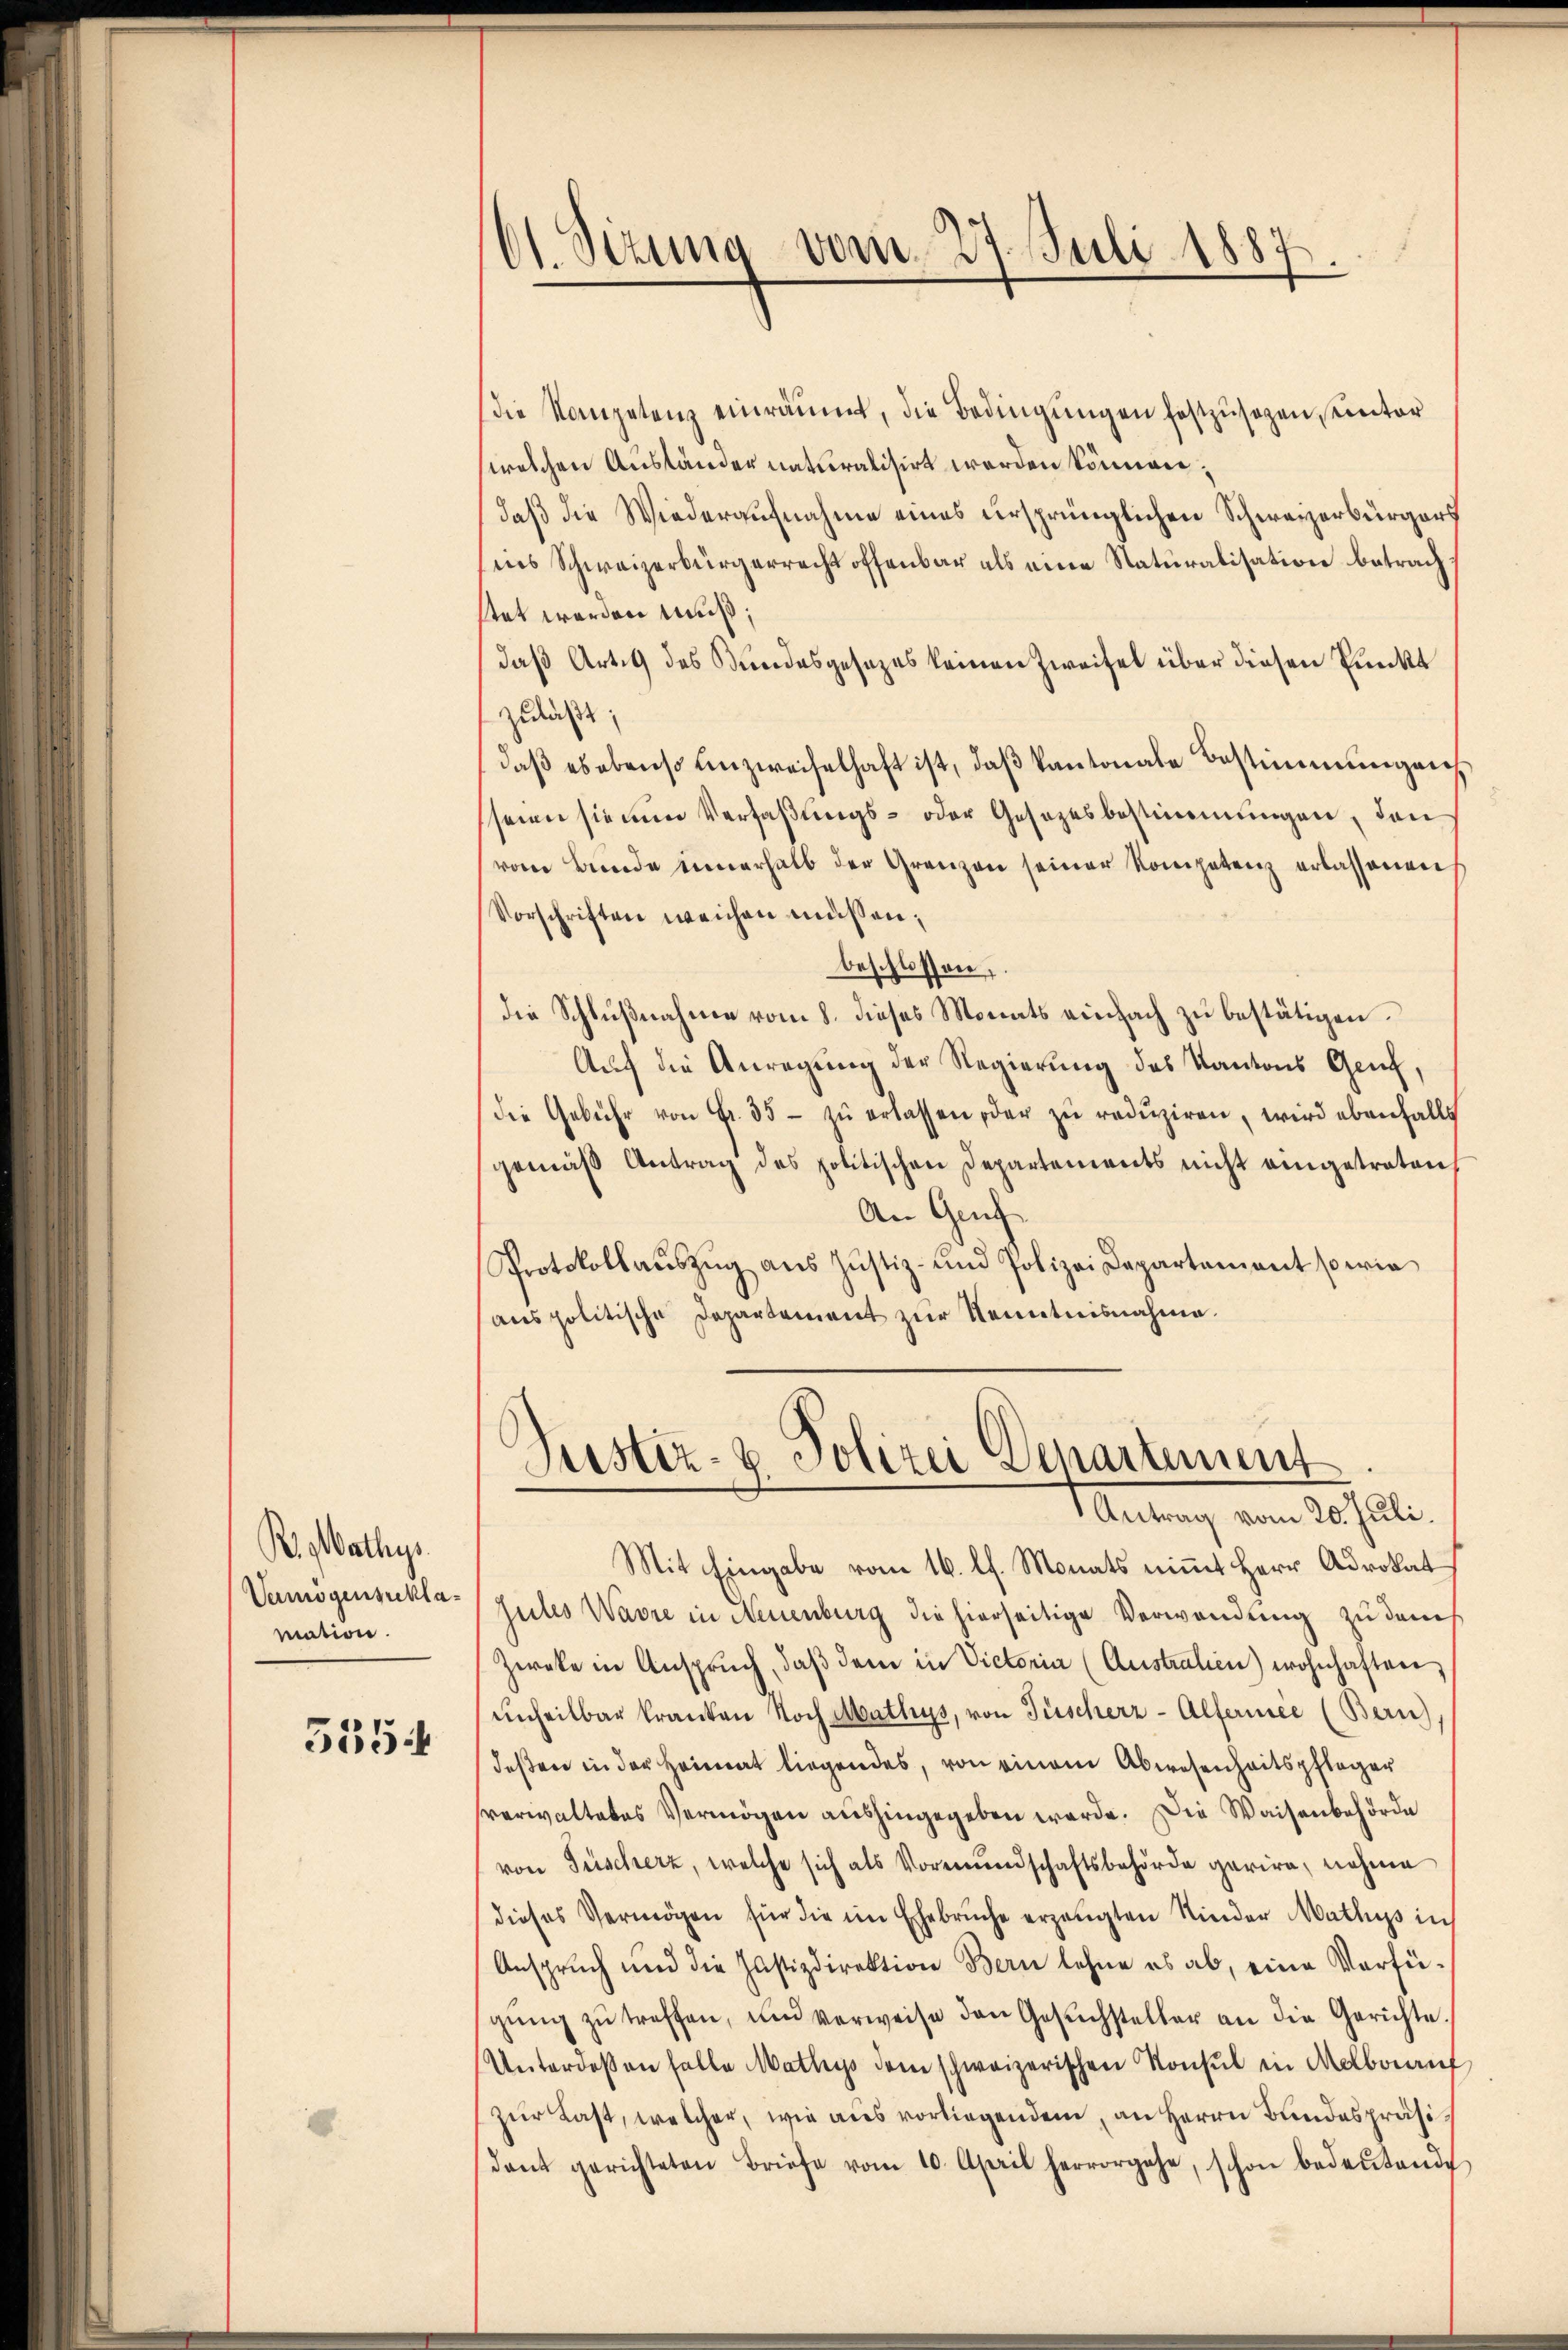
R.Gathys
Vermögenschlamation.

335

61. Sizung vom 27. Juli 1887.

die Kompetenz einräumt, die Bedingungen festzusagen, unter
welchen Ausländer naturalisirt werden können;
daß die Wiederaufnahme eines ursprünglichen Schwarzerbürgers
ins Schweizerbürgerrecht offenbar als eine Naturalisation betrach
stet werden muß;
daß Art. 9 des Bundesgesezes keinen Zweifel über diesen Punkt
zuläßt;
daß es ebenso unzweifelhaft ist, daß kantonale Bestimmungen,
seien sie nun Verfaßungs- oder Gesetzesbestimmungen, den
vom Bunde innerhalb der Grenzen seiner Kompetenz erlassenen
Vorschriften weichen müssen;
beschlossen,
die Schlŭβnahme vom 8. dieses Monats einfach zŭ bestätigen.
Auf die Anregung der Regierung des Kantons Genf,
die Gebühr von Fr. 35 - zŭ erlassen der zŭ redŭziren, wird ebenfalls
gemäβ Antrag des politischen Departements nicht eingetreten,
An Gef
Protokollaŭszŭg aŭs Justiz- und Polizei Departement sowie
anspolitische Departement zur Kenntnisnahme.

Justiz- & Polizei Departement
Antrag vom 20. Juli.

Mit Eingabe vom 16. l. Monats nimmt Herr Advokat
sules Wasse in Neuenburg die hierseitige Verwendung zu dems
Zweke in Anspruch, daβ dem in Victoria (Austratien) wohnhaften,
unheilbar kranken Noch Mathys, von Füscherz-Alfermee (Bern)
deßen in der Heimat liegendes, von einem Abwesenheitspfleger
verwaltetes Vermögen aushingegeben werde. Die Waisenbehörde
von Fischerz, welche sich als Vormundschaftsbehörde parire, nahme
dieses Vermögen für die im Ehebruche erzeugten Kinder Mathys in
Anspruch und die Justizdirektion Bern lehne es ab, eine Verfügŭng zŭ treffen, und verweise den Gesŭchsteller an die Gerichte.
Unterdeßen falle Mathys dem schweizerischen Konsul in Melborauf
zŭr Last, welcher, wie aus vorliegenden, an Herrn Bundespräsidant gerichteten Briefe vom 10. April hervorgehe, schon bedeŭtende